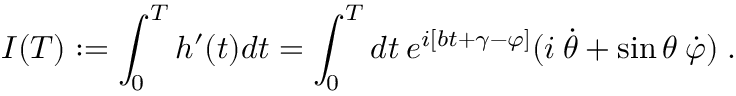
I ( T ) : = \int _ { 0 } ^ { T } h ^ { \prime } ( t ) d t = \int _ { 0 } ^ { T } d t \: e ^ { i [ b t + \gamma - \varphi ] } ( i \: \dot { \theta } + \sin \theta \: \dot { \varphi } ) \; .